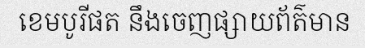
ខេមបូរីផត នឹងចេញផ្សាយព័ត៌មាន